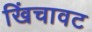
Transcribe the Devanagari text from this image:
खिंचावट